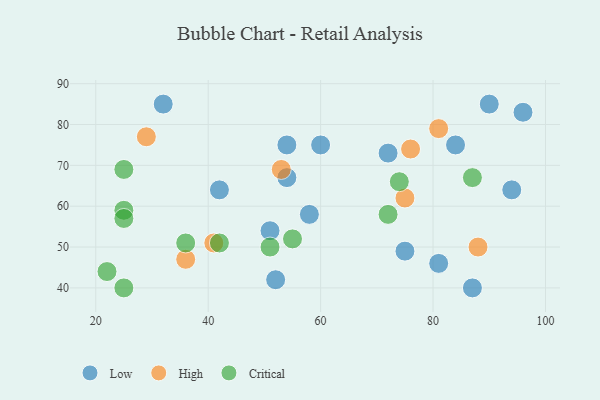
{"axis": {"x": "GDP", "y": "Life Expectancy"}, "legend": ["Critical", "High", "Low"], "data": [{"x": "87", "y": 40, "type": "Low"}, {"x": "96", "y": 83, "type": "Low"}, {"x": "58", "y": 58, "type": "Low"}, {"x": "81", "y": 46, "type": "Low"}, {"x": "54", "y": 75, "type": "Low"}, {"x": "42", "y": 64, "type": "Low"}, {"x": "32", "y": 85, "type": "Low"}, {"x": "84", "y": 75, "type": "Low"}, {"x": "75", "y": 49, "type": "Low"}, {"x": "54", "y": 67, "type": "Low"}, {"x": "51", "y": 54, "type": "Low"}, {"x": "90", "y": 85, "type": "Low"}, {"x": "94", "y": 64, "type": "Low"}, {"x": "52", "y": 42, "type": "Low"}, {"x": "72", "y": 73, "type": "Low"}, {"x": "60", "y": 75, "type": "Low"}, {"x": "53", "y": 69, "type": "High"}, {"x": "29", "y": 77, "type": "High"}, {"x": "88", "y": 50, "type": "High"}, {"x": "41", "y": 51, "type": "High"}, {"x": "76", "y": 74, "type": "High"}, {"x": "36", "y": 47, "type": "High"}, {"x": "75", "y": 62, "type": "High"}, {"x": "81", "y": 79, "type": "High"}, {"x": "72", "y": 58, "type": "Critical"}, {"x": "87", "y": 67, "type": "Critical"}, {"x": "74", "y": 66, "type": "Critical"}, {"x": "25", "y": 40, "type": "Critical"}, {"x": "25", "y": 59, "type": "Critical"}, {"x": "42", "y": 51, "type": "Critical"}, {"x": "36", "y": 51, "type": "Critical"}, {"x": "22", "y": 44, "type": "Critical"}, {"x": "25", "y": 69, "type": "Critical"}, {"x": "55", "y": 52, "type": "Critical"}, {"x": "51", "y": 50, "type": "Critical"}, {"x": "25", "y": 57, "type": "Critical"}]}